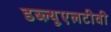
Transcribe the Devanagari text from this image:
डब्ल्यूएलटीवी